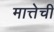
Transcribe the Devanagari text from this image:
मात्तेची